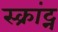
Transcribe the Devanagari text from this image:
स्क्रांट्न